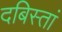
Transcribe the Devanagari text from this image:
दबिस्तां